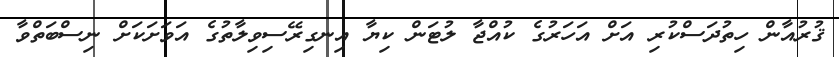
ޤުރުއާން ހިތުދަސްކުރި އަށް އަހަރުގެ ކުއްޖާ ލުޓަން ކިޔާ އިނގިރޭސިވިލާތުގެ އަވަށަކަށް ނިސްބަތްވާ